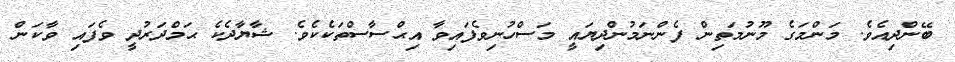
ބޭންދިއެވެ. މަންމަގެ މޫނުމަތިން ފެންނަމުންދިޔައީ މަސްހުނިވެފައިވާ އިޙްސާސްތަކެކެވެ. ޝާޔާދެކެ ޙަމްދަރުދީ ވެފައި ވާކަން